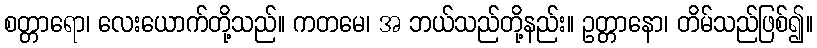
စတ္တာရော၊ လေးယောက်တို့သည်။ ကတမေ၊ အ ဘယ်သည်တို့နည်း။ ဥတ္တာနော၊ တိမ်သည်ဖြစ်၍။